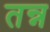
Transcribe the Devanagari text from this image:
तन्न